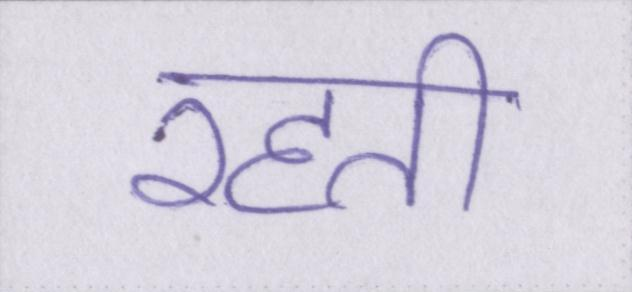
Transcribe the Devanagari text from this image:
रहती